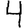
Digit: 4